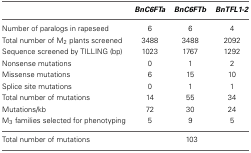
<table><thead><tr><td></td><td><b><i>BnC6FTa</i></b></td><td><b><i>BnC6FTb</i></b></td><td><b><i>BnTFL1-2</i></b></td></tr></thead><tbody><tr><td>Number of paralogs in rapeseed</td><td>6</td><td>6</td><td>4</td></tr><tr><td>Total number of M<sub>2</sub> plants screened</td><td>3488</td><td>3488</td><td>2092</td></tr><tr><td>Sequence screened by TILLING (bp)</td><td>1023</td><td>1767</td><td>1292</td></tr><tr><td>Nonsense mutations</td><td>0</td><td>1</td><td>2</td></tr><tr><td>Missense mutations</td><td>6</td><td>15</td><td>10</td></tr><tr><td>Splice site mutations</td><td>0</td><td>1</td><td>1</td></tr><tr><td>Total number of mutations</td><td>14</td><td>55</td><td>34</td></tr><tr><td>Mutations/kb</td><td>72</td><td>30</td><td>24</td></tr><tr><td>M<sub>3</sub> families selected for phenotyping</td><td>5</td><td>9</td><td>5</td></tr><tr><td>Total number of mutations</td><td colspan="3">103</td></tr></tbody></table>